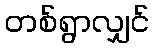
တစ်ရွာလျှင်